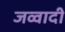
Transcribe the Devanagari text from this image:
जव्वादी